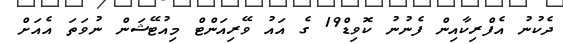
ދެކުނު އެފްރިކާއިން ފެނުނު ކޮވިޑް19 ގެ އައު ވޭރިއަންޓް މިއުޓޭޝަން ނުވަތަ އެއަށް